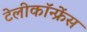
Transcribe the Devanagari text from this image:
टेलीकॉन्फ्रेंस